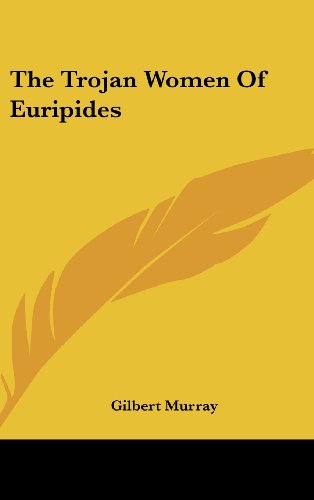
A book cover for The Trojan Women Of Euripides; Literature & Fiction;